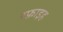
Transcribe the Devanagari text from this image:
रफ़ाइह